Civil Veterinary Department Bengal reports 1923-33 - 1923-1933
Year: 1923
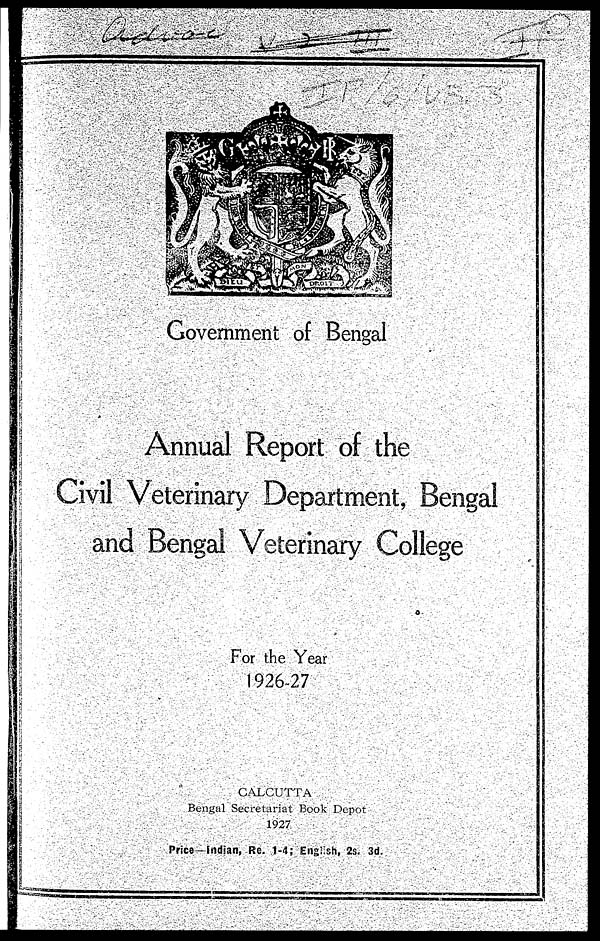
Government of Bengal
Annual Report of the
Civil Veterinary Department, Bengal
and Bengal Veterinary College
For the Year
1926-27
CALCUTTA
Bengal Secretariat Book Depot
1927
Price—Indian, Re. 1-4; English, 2s. 3d.